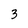
Character: 3